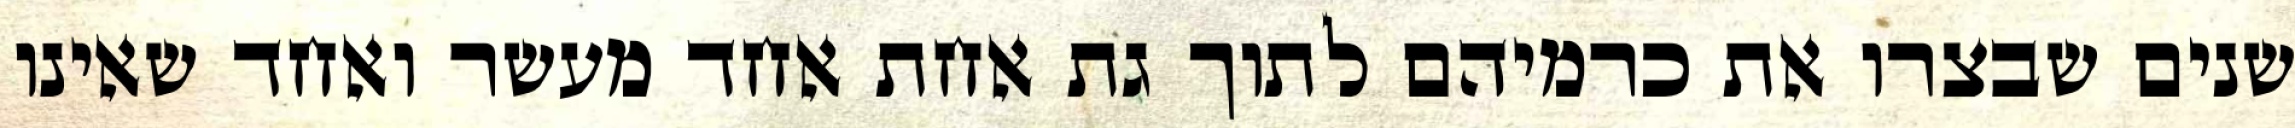
שנים שבצרו את כרמיהם לתוך גת אחת אחד מעשר ואחד שאינו